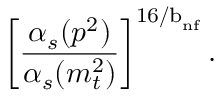
\left[ \frac { \alpha _ { s } ( p ^ { 2 } ) } { \alpha _ { s } ( m _ { t } ^ { 2 } ) } \right] ^ { { \mathrm { \footnotesize { 1 6 / b } } } _ { \mathrm { \scriptsize { n f } } } } .